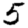
Digit: 5